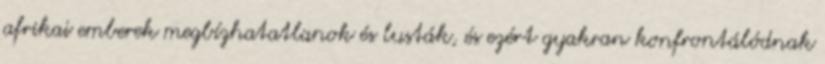
afrikai emberek megbízhatatlanok és lusták, és ezért gyakran konfrontálódnak